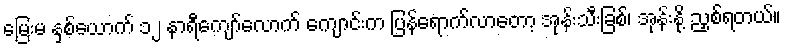
မြေးမ နှစ်ယောက် ၁၂ နာရီကျော်လောက် ကျောင်းက ပြန်ရောက်လာတော့ အုန်းသီးခြစ်၊ အုန်းနို့ ညှစ်ရတယ်။